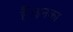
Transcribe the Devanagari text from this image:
हैं।इनका